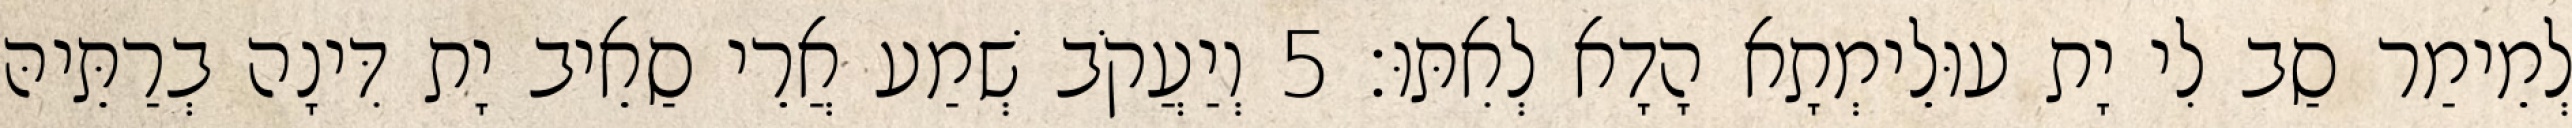
לְמֵימַר סַב לִי יָת עוּלֵימְתָא הָדָא לְאִתּוּ׃ 5 וְיַעֲקֹב שְׁמַע אֲרֵי סַאֵיב יָת דִּינָה בְרַתֵּיהּ